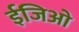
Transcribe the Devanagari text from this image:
ईजिओ